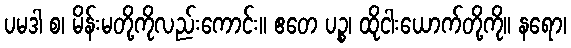
ပမဒါ စ၊ မိန်းမတို့ကိုလည်းကောင်း။ ဧတေ ပဉ္စ၊ ထိုငါးယောက်တို့ကို။ နရော၊